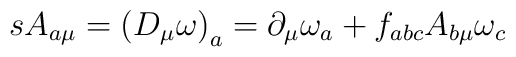
sA_{a\mu}= \left( D_{\mu} \omega\right)_{a} =\partial_{\mu} \omega_{a}+f_{abc}A_{b\mu}\omega_c